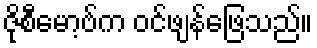
ဇိုစီမော့ဗ်က ဝင်ဖျန်ဖြေသည်။